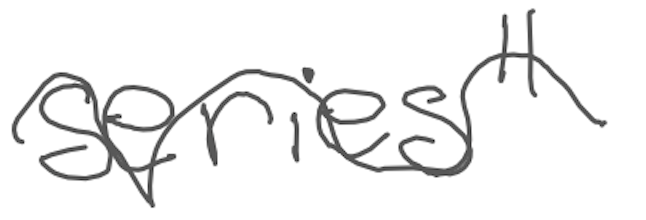
Text: Series"
Cross-out: wave
Writing tool: digital_gray